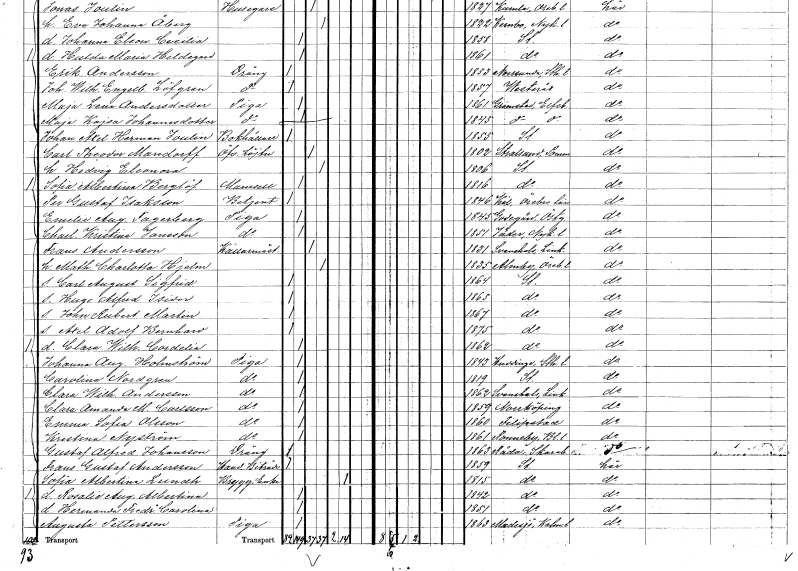
gt_parse: households: individuals: FN: Per Gustaf
EN: Isaksson
YRKE: Betjänt
KON: M
CIV: O
FODAR: 1846
FODFORS: Kil Örebro län
FN: Emelie Augusta
EN: Fagerberg
YRKE: Piga
KON: K
CIV: O
FODAR: 1845
FODFORS: Godegård Östergötlands län
FN: Charlotta Kristina
EN: Jansson
YRKE: Piga
KON: K
CIV: O
FODAR: 1851
FODFORS: Jäder Södermanlands län
FN: Frans
EN: Andersson
YRKE: Källarmästare
KON: M
CIV: G
FODAR: 1831
FODFORS: Svanshals Östergötlands län
FN: Mathilda Charlotta
EN: Hjelm
KON: K
CIV: G
FODAR: 1835
FODFORS: Almby Örebro län
FN: Carl August Sigfrid
KON: M
CIV: O
FODAR: 1864
FODFORS: Stockholm
FN: Hugo Alfrid Isidor
KON: M
CIV: O
FODAR: 1865
FODFORS: Stockholm
FN: John Rubert Martin
KON: M
CIV: O
FODAR: 1867
FODFORS: Stockholm
FN: Axel Adolf Bernhard
KON: M
CIV: O
FODAR: 1875
FODFORS: Stockholm
FN: Clara Wilhelmina Cordelia
KON: K
CIV: O
FODAR: 1862
FODFORS: Stockholm
FN: Johanna Augusta
EN: Holmström
YRKE: Piga
KON: K
CIV: O
FODAR: 1843
FODFORS: Huddinge Stockholms län
FN: Carolina
EN: Nordgren
YRKE: Piga
KON: K
CIV: O
FODAR: 1819
FODFORS: Stockholm
FN: Clara Wilhelmina
EN: Andersson
YRKE: Piga
KON: K
CIV: O
FODAR: 1862
FODFORS: Svanshals Östergötlands län
FN: Clara Amanda M.
EN: Carlsson
YRKE: Piga
KON: K
CIV: O
FODAR: 1859
FODFORS: Norrköping Östergötlands län
FN: Emma Sofia
EN: Olsson
YRKE: Piga
KON: K
CIV: O
FODAR: 1860
FODFORS: Filipstad Värmlands län
FN: Kristina
EN: Nyström
YRKE: Piga
KON: K
CIV: O
FODAR: 1861
FODFORS: Ronneby Blekinge län
FN: Gustaf Alfred
EN: Johansson
YRKE: Dräng
KON: M
CIV: O
FODAR: 1863
FODFORS: Råda Skaraborgs län
FN: Frans Gustaf
EN: Andersson
YRKE: Handelsbiträde
KON: M
CIV: O
FODAR: 1859
FODFORS: Stockholm
FN: Sofia Albertina
EN: Lundh
YRKE: Bryggareänka
KON: K
CIV: E
FODAR: 1815
FODFORS: Stockholm
FN: Rosalie Augusta Albertina
KON: K
CIV: O
FODAR: 1842
FODFORS: Stockholm
FN: Hermanda Fredrika Carolina
KON: K
CIV: O
FODAR: 1851
FODFORS: Stockholm
FN: Augusta
EN: Pettersson
YRKE: Piga
KON: K
CIV: O
FODAR: 1863
FODFORS: Madesjö Kalmar län